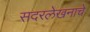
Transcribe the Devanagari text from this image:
सदरलेखनाचे